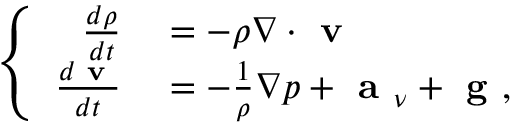
\left\{ \begin{array} { r l } { \frac { d \rho } { d t } } & { { } = - \rho \nabla \cdot \textbf { v } } \\ { \frac { d \textbf { v } } { d t } } & { { } = - \frac { 1 } { \rho } \nabla p + \textbf { a } _ { \nu } + \textbf { g } , } \end{array} \right.